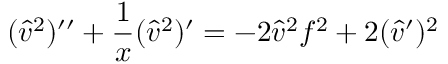
( { \hat { v } } ^ { 2 } ) ^ { \prime \prime } + { \frac { 1 } { x } } ( { \hat { v } } ^ { 2 } ) ^ { \prime } = - 2 { \hat { v } } ^ { 2 } f ^ { 2 } + 2 ( { \hat { v } } ^ { \prime } ) ^ { 2 }